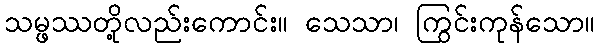
သမ္ဖဿတို့လည်းကောင်း။ သေသာ၊ ကြွင်းကုန်သော။